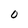
Character: O